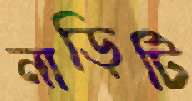
নাড়িটি